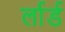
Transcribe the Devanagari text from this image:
र्लार्ड